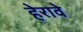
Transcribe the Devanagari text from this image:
हेरावे